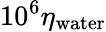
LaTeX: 10^{6}\eta_{\mathrm{water}}